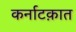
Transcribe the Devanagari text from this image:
कर्नाटक़ात